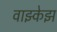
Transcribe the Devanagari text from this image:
वाझ्केझ